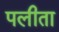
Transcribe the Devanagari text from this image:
पलीता